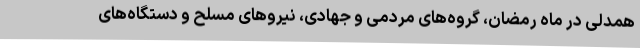
همدلی در ماه رمضان، گروه‌های مردمی و جهادی، نیروهای مسلح و دستگاه‌های